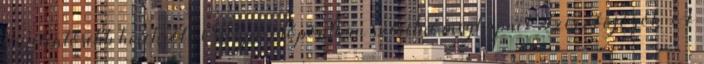
legjelentősebb hírekről. Melyik időpontban szeretné megkapni? Szerzői jogok A